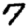
Digit: 7